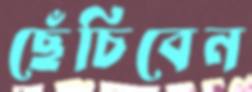
ছেঁচিবেন